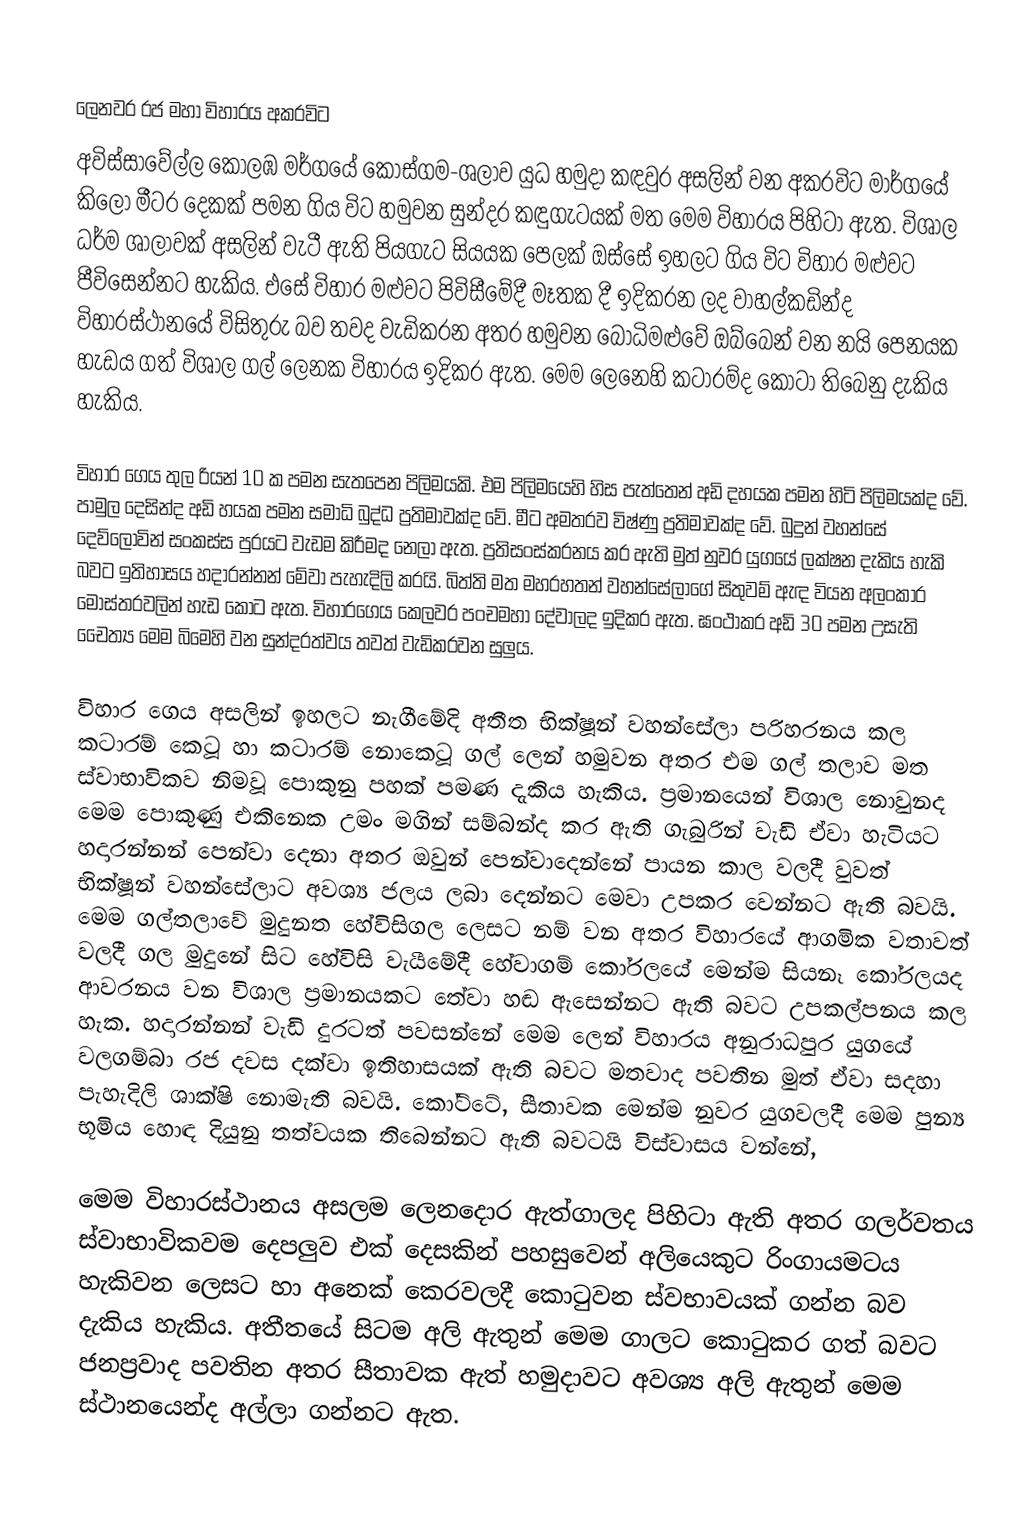

ලෙනවර රජ මහා විහාරය අකරවිට
අවිස්සාවේල්ල කොලඹ මර්ගයේ කොස්ගම-ශලාව යුධ හමුදා කඳවුර අසලින් වන අකරවිට මාර්ගයේ කිලෝ මීටර දෙකක් පමන ගිය විට හමුවන සුන්දර කඳුගැටයක් මත මෙම විහාරය පිහිටා ඇත. විශාල ධර්ම ශාලාවක් අසලින් වැටී ඇති පියගැට සියයක පෙලක් ඔස්සේ ඉහලට ගිය විට විහාර මළුවට පීවිසෙන්නට හැකිය. එසේ විහාර මළුවට පිවිසීමේදී මෑතක දී ඉදිකරන ලද වාහල්කඩින්ද විහාරස්ථානයේ විසිතුරු බව තවද වැඩිකරන අතර හමුවන බෝධිමළුවේ ඔබ්බෙන් වන නයි පෙනයක හැඩය ගත් විශාල ගල් ලෙනක විහාරය ඉදිකර ඇත. මෙම ලෙනෙහි කටාරම්ද කොටා තිබෙනු දැකිය හැකිය.

විහාර ගෙය තුල රියන් 10 ක පමන සැතපෙන පිලිමයකි. එම පිලිමයෙහි හිස පැත්තෙන් අඩි දහයක පමන හිටි පිලිමයක්ද වේ. පාමුල දෙසින්ද අඩි හයක පමන සමාධි බුද්ධ ප්‍රතිමාවක්ද වේ. මීට අමතරව විෂ්ණු ප්‍රතිමාවක්ද වේ. බුදුන් වහන්සේ දෙව්ලොවින් සංකස්ස පුරයට වැඩම කිරීමද නෙලා ඇත. ප්‍රතිසංස්කරනය කර ඇති මුත් නුවර යුගයේ ලක්ෂන දැකිය හැකි බවට ඉතිහාසය හදාරන්නන් මේවා පැහැදිලි කරයි. බිත්ති මත මහරහතන් වහන්සේලාගේ සිතුවම් ඇඳ වියන අලංකාර මෝස්තරවලින් හැඩ කොට ඇත. විහාරගෙය කෙලවර පංචමහා දේවාලද ඉදිකර ඇත. ඝංථාකර අඩි 30 පමන උසැති චෛත්‍ය මෙම බිමෙහි වන සුන්දරත්වය තවත් වැඩිකරවන සුලුය.

විහාර ගෙය අසලින් ඉහලට නැගීමේදි අතීත භික්ෂූන් වහන්සේලා පරිහරනය කල කටාරම් කෙටූ හා කටාරම් නොකෙටූ ගල් ලෙන් හමුවන අතර එම ගල් තලාව මත ස්වාභාවිකව නිමවූ පොකුනු පහක් පමණ දැකිය හැකිය. ප්‍රමානයෙන් විශාල නොවුනද මෙම පොකුණු එකිනෙක උමං මගින් සම්බන්ද කර ඇති ගැබුරින් වැඩි ඒවා හැටියට හදාරන්නන් පෙන්වා දෙනා අතර ඔවුන් පෙන්වාදෙන්නේ පායන කාල වලදී වුවත් භික්ෂූන් වහන්සේලාට අවශ්‍ය ජලය ලබා දෙන්නට මෙවා උපකර වෙන්නට ඇති බවයි. මෙම ගල්තලාවේ මුදුනත හේවිසිගල ලෙසට නම් වන අතර විහාරයේ ආගමික වතාවත් වලදී ගල මුදුනේ සිට හේවිසි වැයීමේදී හේවාගම් කෝරලයේ මෙන්ම සියනෑ කෝරලයද  ආවරනය වන විශාල ප්‍රමානයකට තේවා හඬ ඇසෙන්නට ඇති බවට උපකල්පනය කල හැක. හදාරන්නන් වැඩි දුරටත් පවසන්නේ මෙම ලෙන් විහාරය අනුරාධපුර යුගයේ වලගම්බා රජ දවස දක්වා ඉතිහාසයක් ඇති බවට මතවාද පවතින මුත් ඒවා සදහා පැහැදිලි ශාක්ෂි නොමැති බවයි. කෝට්ටේ, සීතාවක මෙන්ම නුවර යුගවලදී මෙම පුන්‍ය භූමිය හොඳ දියුනු තත්වයක තිබෙන්නට ඇති බවටයි විස්වාසය වන්නේ,

මෙම විහාරස්ථානය අසලම ලෙනදොර ඇත්ගාලද පිහිටා ඇති අතර ගලර්වතය ස්වාභාවිකවම දෙපලුව එක් දෙසකින් පහසුවෙන් අලියෙකුට රිංගායමටය හැකිවන ලෙසට හා අනෙක් කෙරවලදී කො‍ටුවන ස්වභාවයක් ගන්න බව දැකිය හැකිය. අතීතයේ සිටම අලි ඇතුන් මෙම ගාලට කො‍ටුකර ගත් බවට ජනප්‍රවාද පවතින අතර සීතාවක ඇත් හමුදාවට අවශ්‍ය අලි ඇතුන් මෙම ස්ථානයෙන්ද අල්ලා ගන්නට ඇත.